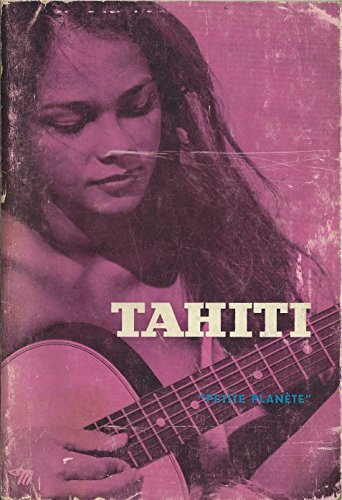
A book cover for Tahiti; Jean-Marie Loursin; Travel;